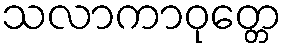
သလာကာဝုတ္တေ